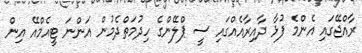
ރާއްޖޭގައި އެންމެ ފުޅާ ދާއިރާއެއްގައި ސީ ޕްލޭންގެ ހިދުމަތްދެމުން އަންނަ ޓީއެމްއޭ އިން